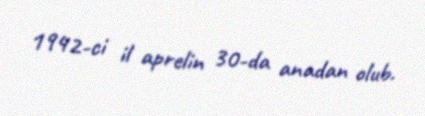
1942-ci il aprelin 30-da anadan olub.